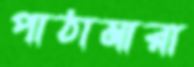
পাঠামারা